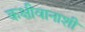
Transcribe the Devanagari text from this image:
कक्षीवानाशी